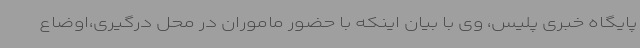
پایگاه خبری پلیس، وی با بیان اینکه با حضور ماموران در محل درگیری،اوضاع